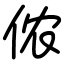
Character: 侬